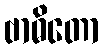
ဗာဓိတော